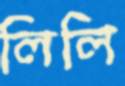
লিলি